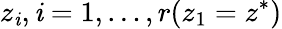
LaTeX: z_{\mathit{i}},\mathit{i}=1,\dots,r(z_{1}=z^{*})